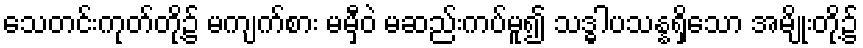
သေတင်းကုတ်တို့၌ မကျက်စား မမှီဝဲ မဆည်းကပ်မူ၍ သဒ္ဓါပသန္နရှိသော အမျိုးတို့၌